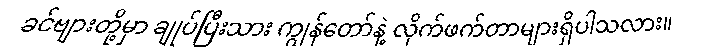
ခင်ဗျားတို့မှာ ချုပ်ပြီးသား ကျွန်တော်နဲ့ လိုက်ဖက်တာများရှိပါသလား။